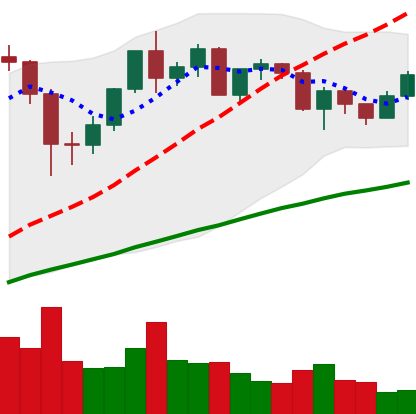
Ticker: ETH-USD
Chart end date: 2020-12-13
Forward return: 11.049%
Label: up_7plus